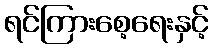
ရင်ကြားစေ့ရေးနှင့်